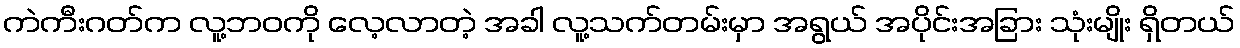
ကဲကီးဂတ်က လူ့ဘဝကို လေ့လာတဲ့ အခါ လူ့သက်တမ်းမှာ အရွယ် အပိုင်းအခြား သုံးမျိုး ရှိတယ်